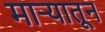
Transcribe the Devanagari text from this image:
माऱ्यातून